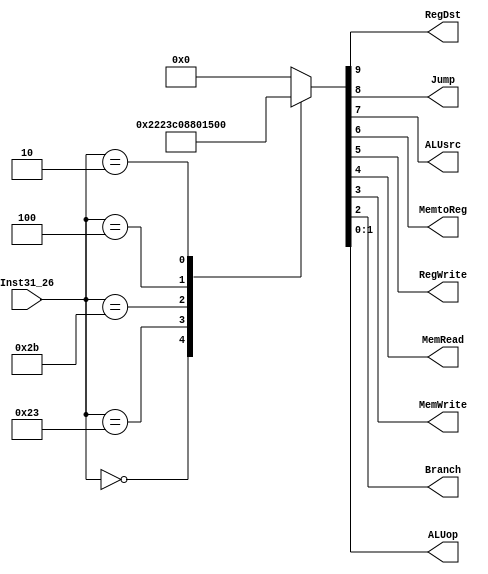
`timescale 1ns / 1ps
//////////////////////////////////////////////////////////////////////////////////
// Company: 
// Engineer: 
// 
// Design Name: 
// Module Name: MAINCTR
// Project Name: 
// Target Devices: 
// Tool Versions: 
// Description: 
// 
// Dependencies: 
// 
// Revision:
// Revision 0.01 - File Created
// Additional Comments:
// 
//////////////////////////////////////////////////////////////////////////////////


module MAINCTL(
    Inst31_26, RegDst,Jump,ALUsrc,MemtoReg,RegWrite,MemRead,MemWrite,Branch,ALUop
    );
    input [5:0] Inst31_26;
    output RegDst,Jump,ALUsrc,MemtoReg,RegWrite,MemRead,MemWrite,Branch;
    output [1:0] ALUop;
    
    function [9:0]out;
        input [5:0]Inst31_26;
        begin
            case(Inst31_26)
                6'b000000:out=10'b10001000_10;
                6'b100011:out=10'b00111100_00;
                6'b101011:out=10'b00100010_00;
                6'b000100:out=10'b00000001_01;
                6'b000010:out=10'b01000000_00;
                default:  out=10'b00000000_00;
            endcase
        end
    endfunction
    assign {RegDst,Jump,ALUsrc,MemtoReg,RegWrite,MemRead,MemWrite,Branch,ALUop}=out(Inst31_26);
endmodule